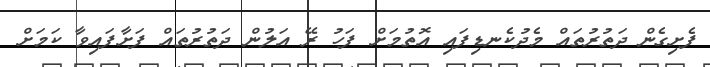
ފެށިގެން ދަތުރުތައް މެދުކެނޑިފައި އޮތުމަށް ފަހު ރޭ އަލުން ދަތުރުތައް ފަށާފައިވާ ކަމަށް